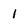
Character: 1